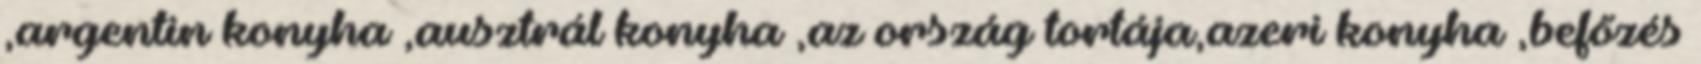
,argentin konyha ,ausztrál konyha ,az ország tortája,azeri konyha ,befőzés